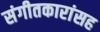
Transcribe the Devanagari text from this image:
संगीतकारांसह